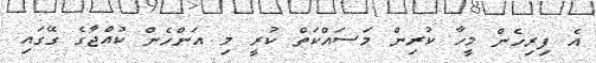
އެ ފިރިހެން މީހާ ކުރިން މަސައްކަތް ކުރީ މި އަންހެން ކުއްޖާގެ ގޭގައި